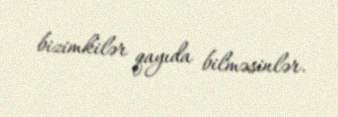
bizimkilər qayıda bilməsinlər.